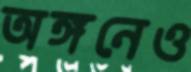
অঙ্গনেও